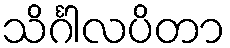
သိင်္ဂါလပိတာ